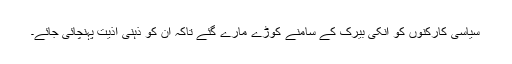
سیاسی کارکنوں کو انکی بیرک کے سامنے کوڑے مارے گئے تاکہ ان کو ذہنی اذیت پہنچائی جائے۔